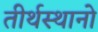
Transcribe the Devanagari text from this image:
तीर्थस्थानो